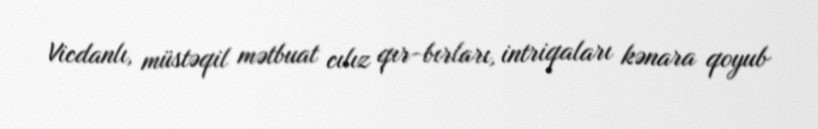
Vicdanlı, müstəqil mətbuat cılız qır-bırları, intriqaları kənara qoyub